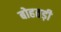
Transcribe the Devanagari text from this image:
बोहतड़ी